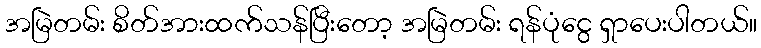
အမြဲတမ်း စိတ်အားထက်သန်ပြီးတော့ အမြဲတမ်း ရန်ပုံငွေ ရှာပေးပါတယ်။